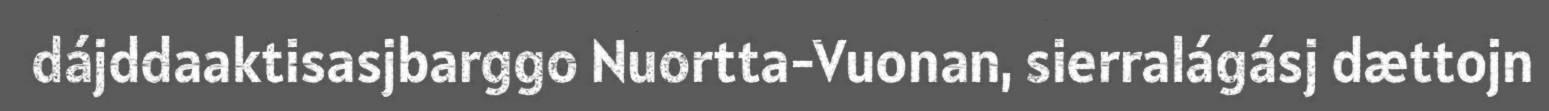
dájddaaktisasjbarggo Nuortta-Vuonan, sierralágásj dættojn